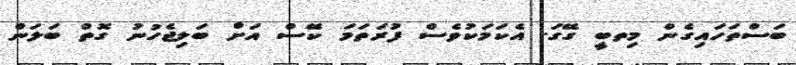
ބަސްތަހައިގެން މިތބީ ގޭގަ. އެކަމަކުވެސް ފުރަތަމަ ކޭސް އަށް ބަލިޖެހުނު ގޮތް ބަލަން